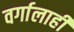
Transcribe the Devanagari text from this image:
वर्गालाही